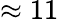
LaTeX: \approx 11